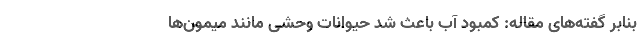
بنابر گفته‌های مقاله: کمبود آب باعث شد حیوانات وحشی مانند میمون‌ها